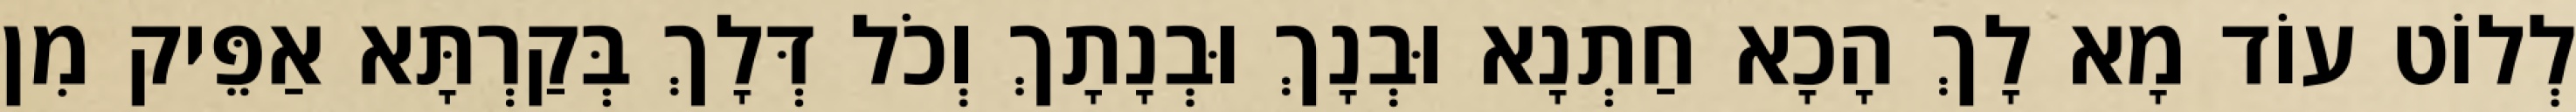
לְלוֹט עוֹד מָא לָךְ הָכָא חַתְנָא וּבְנָךְ וּבְנָתָךְ וְכֹל דְּלָךְ בְּקַרְתָּא אַפֵּיק מִן